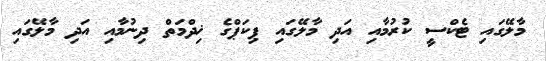
މާލޭގައި ޓެކްސީ ކުރުމާއި އަދި މާލޭގައި ޕިކަޕްގެ ޚިދްމަތް ދިނުމާއި އަދި މާލޭގައި